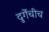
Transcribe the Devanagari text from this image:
दुर्गेचीच